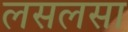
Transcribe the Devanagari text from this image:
लसलसा